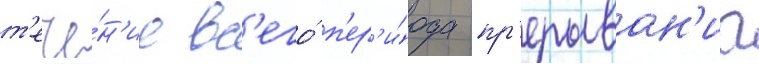
т'ече́н'ие вс'его́ п'ер'и́ода пр'ерыван'иа